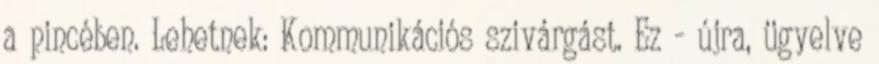
a pincében. Lehetnek: Kommunikációs szivárgást. Ez - újra, ügyelve